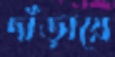
দাঁড়ায়ে